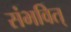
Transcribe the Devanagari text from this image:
संभवित्